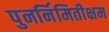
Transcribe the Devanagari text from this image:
पुनर्निमितीक्षम